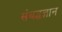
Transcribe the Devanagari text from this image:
संबद्धज्ञान